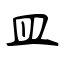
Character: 皿